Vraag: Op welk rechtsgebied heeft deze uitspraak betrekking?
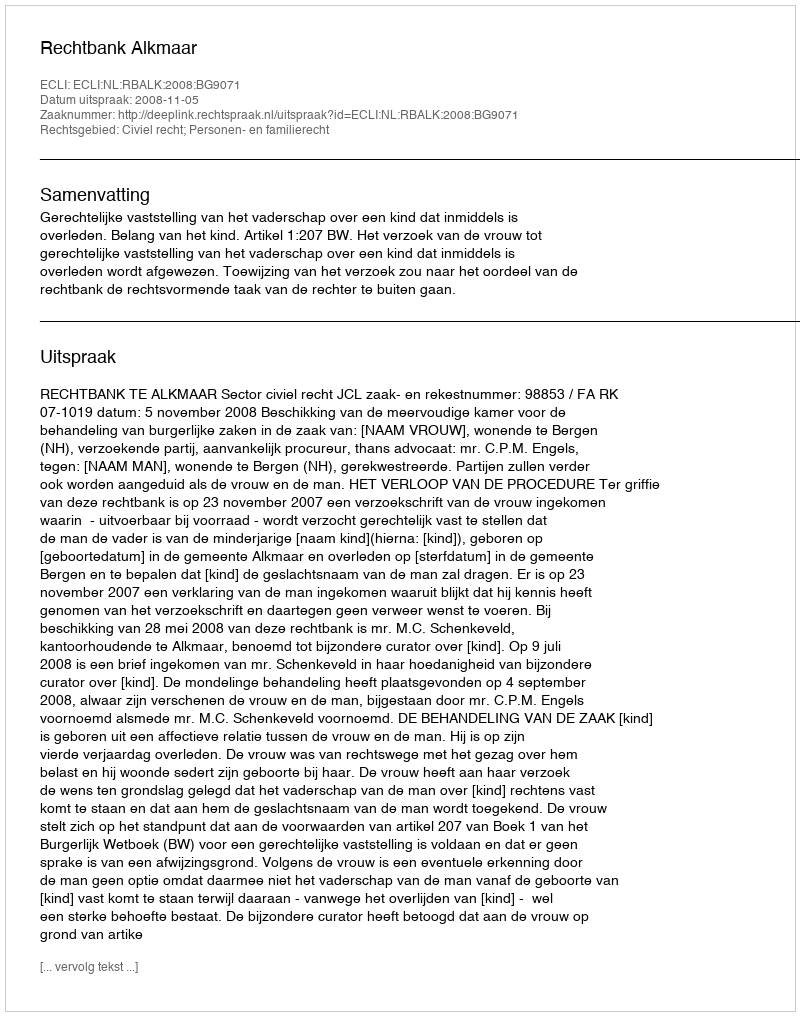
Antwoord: Civiel recht; Personen- en familierecht